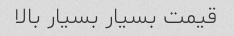
قیمت بسیار بسیار بالا